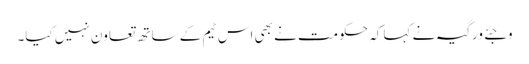
وجئے ورگیہ نے کہا کہ حکومت نے بھی اس ٹیم کے ساتھ تعاون نہیں کیا۔